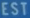
EST